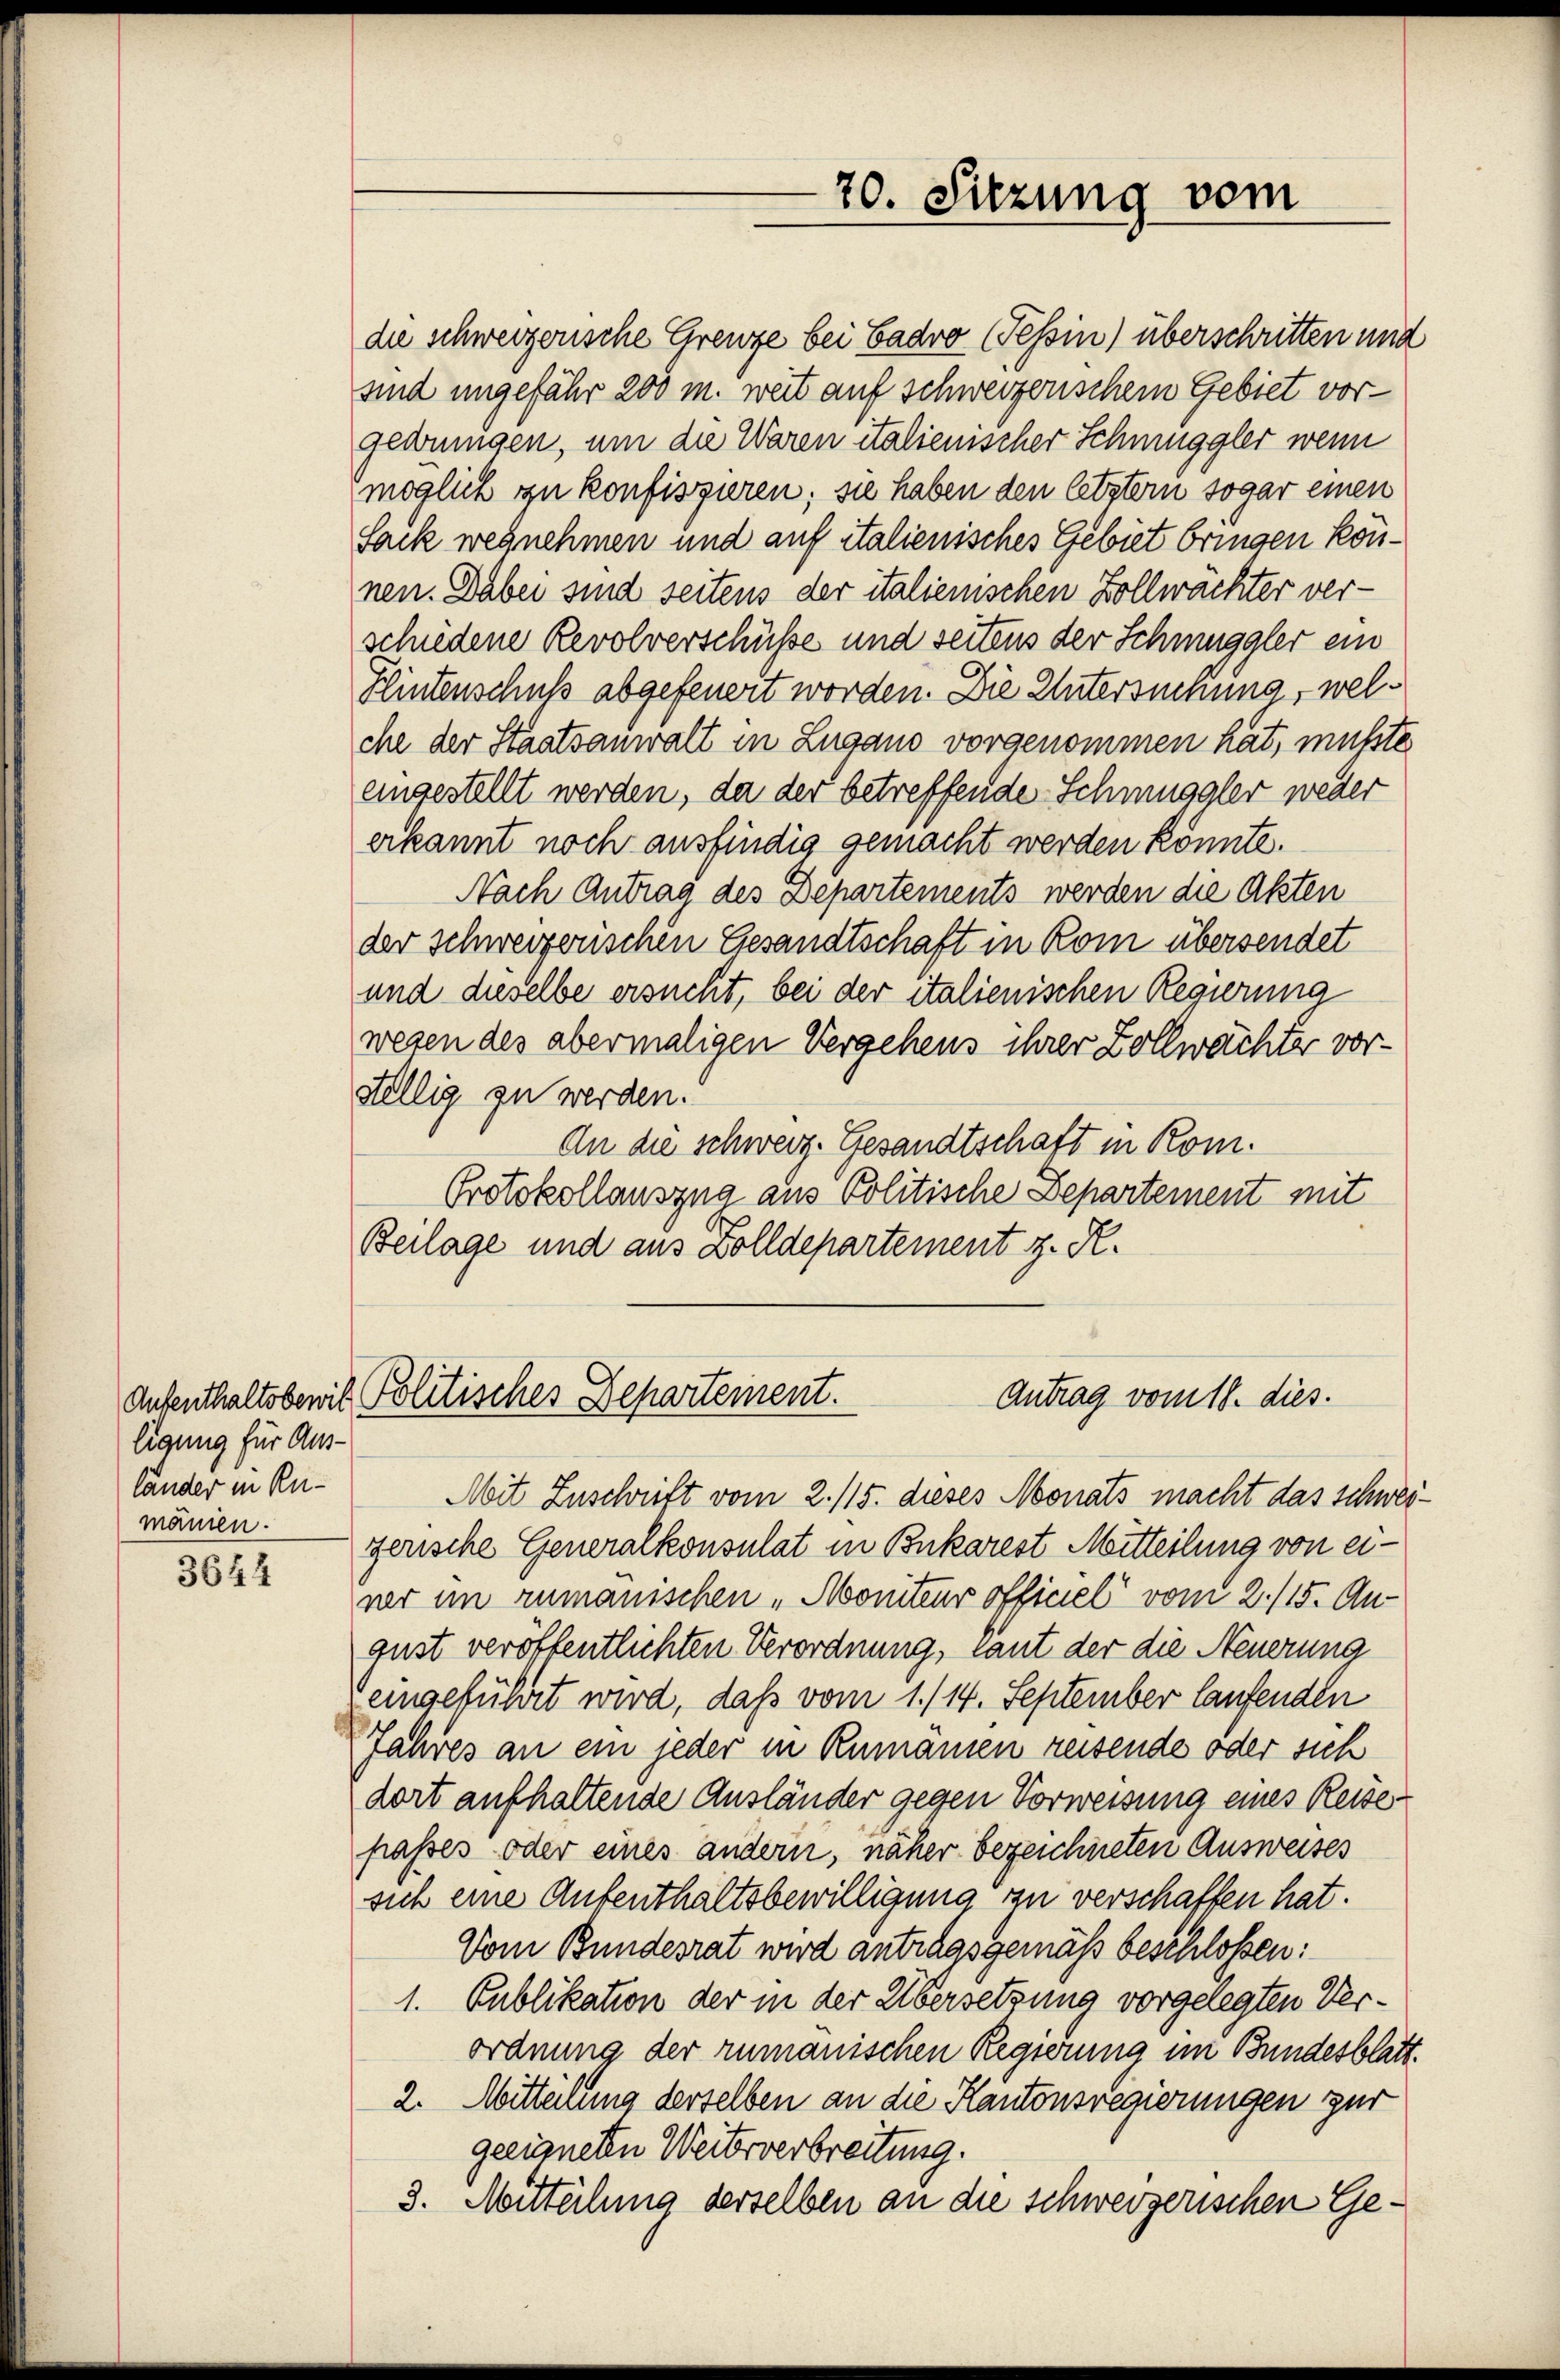
ligung für Ausländer in Rumänien.

3644

die schweizerische Grenze bei Badro Tessin) überschritten und
sind ungefähr 200 m. weit auf schweizerischem Gebiet vorgedrungen, um die Waren italienischer Schmuggler wenn
möglich zu konfiszieren; sie haben den letztern sogar einen
Sack wegnehmen und auf italienisches Gebiet bringen können. Dabei sind seitens der italienischen Zollwachter verschiedene Revolverschüsse und seitens der Schmuggler ein
Flintenschuß abgefeuert worden. Die Untersuchung, welche der Staatsanwalt in Zugano vorgenommen hat, mußte
eingestellt werden, da der betreffende Schmuggler weder
erkannt noch ausfindig gemacht werden könnte.
Nach Antrag des Departements werden die Akten
der Schweizerischen Gesandtschaft in Rom übersendet
und dieselbe ersucht, bei der italienischen Regierung
wesen des abermaligen Vergehens ihrer Zollwachter vorstellig zu werden.
An die schweiz. Gesandtschaft in Kom¬
Protokollauszna aus Politische Departement mit
Beilage und aus Zolldepartement z. R.

70. Sitzung vom

Antrag vom 18. dies.
Aufenthaltsberit Politisches Departement.

Mit Zuschrift vom 2. 115. dieses Monats macht das schweizerische Generalkonsulat in Bukarest Mitteilung von einer im rumanischen „Moniteur officiel vom 2./15. Au-
gust veröffentlichten Verordnung, laut der die Neuerung
eingeführet wird, daß vom 1. /14. September laufenden
Jahres an ein jeder in Rumanien reisende oder sich
dort aufhaltende Ausländer gegen Vorweisung eines Reise
passes oder eines andern, näher bezeichneten Ausweises
sich eine Aufenthaltsbewilligung zu verschaffen hat.
Vom Bundesrat wird antragsgemäß beschlossen:
1. Publikation der in der Übersetzung vorgelegten Verordnung der rumanischen Regierung im Bundesblatt.
2. Mitteilung derselben an die Kantonsregierungen zur
geeigneten Weiterverbreitung.
3. Mitteilung derselben an die schweizerischen Ge¬